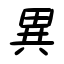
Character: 異